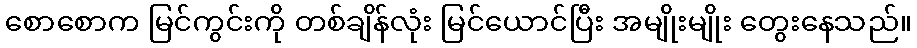
စောစောက မြင်ကွင်းကို တစ်ချိန်လုံး မြင်ယောင်ပြီး အမျိုးမျိုး တွေးနေသည်။